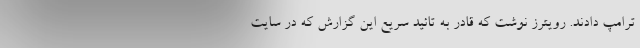
ترامپ دادند. رویترز نوشت که قادر به تائید سریع این گزارش که در سایت